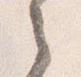
之